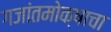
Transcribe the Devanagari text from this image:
गजांतमोक्षाचा